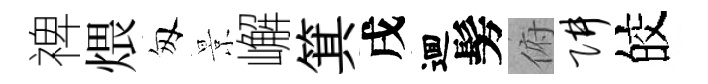
禆煨匆景嶰箕戌逥髣俯阱皎